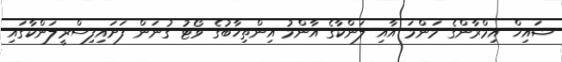
ޝައިޚް އިމްރާންގެ މަންމަ އާއި ލަންކާގެ އާންމު އިންތިޚާބުގެ ވޯޓު ގުނަން ފަށައިފިސްރީލަންކާގައި